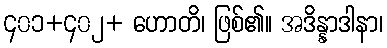
၄၀၁+၄၀၂+ ဟောတိ၊ ဖြစ်၏။ အဒိန္နာဒါနာ၊